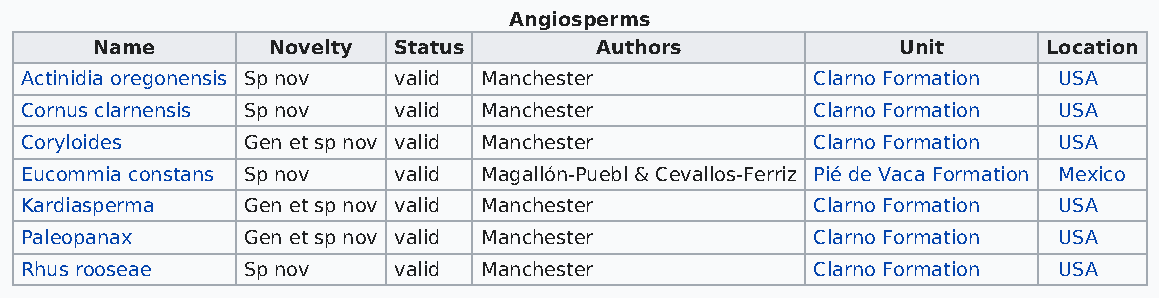
Angiosperms
 Name        Novelty Status       Authors             Unit      Location
 Actinidia oregonensis Sp nov valid Manchester        Clarno Formation USA
 Cornus clarnensis Sp nov valid Manchester            Clarno Formation USA
 Coryloides     Gen et sp nov valid Manchester        Clarno Formation USA
 Eucommia constans Sp nov valid Magallón-Puebl & Cevallos-Ferriz Pié de Vaca Formation Mexico
 Kardiasperma   Gen et sp nov valid Manchester        Clarno Formation USA
 Paleopanax     Gen et sp nov valid Manchester        Clarno Formation USA
 Rhus rooseae   Sp nov    valid Manchester            Clarno Formation USA